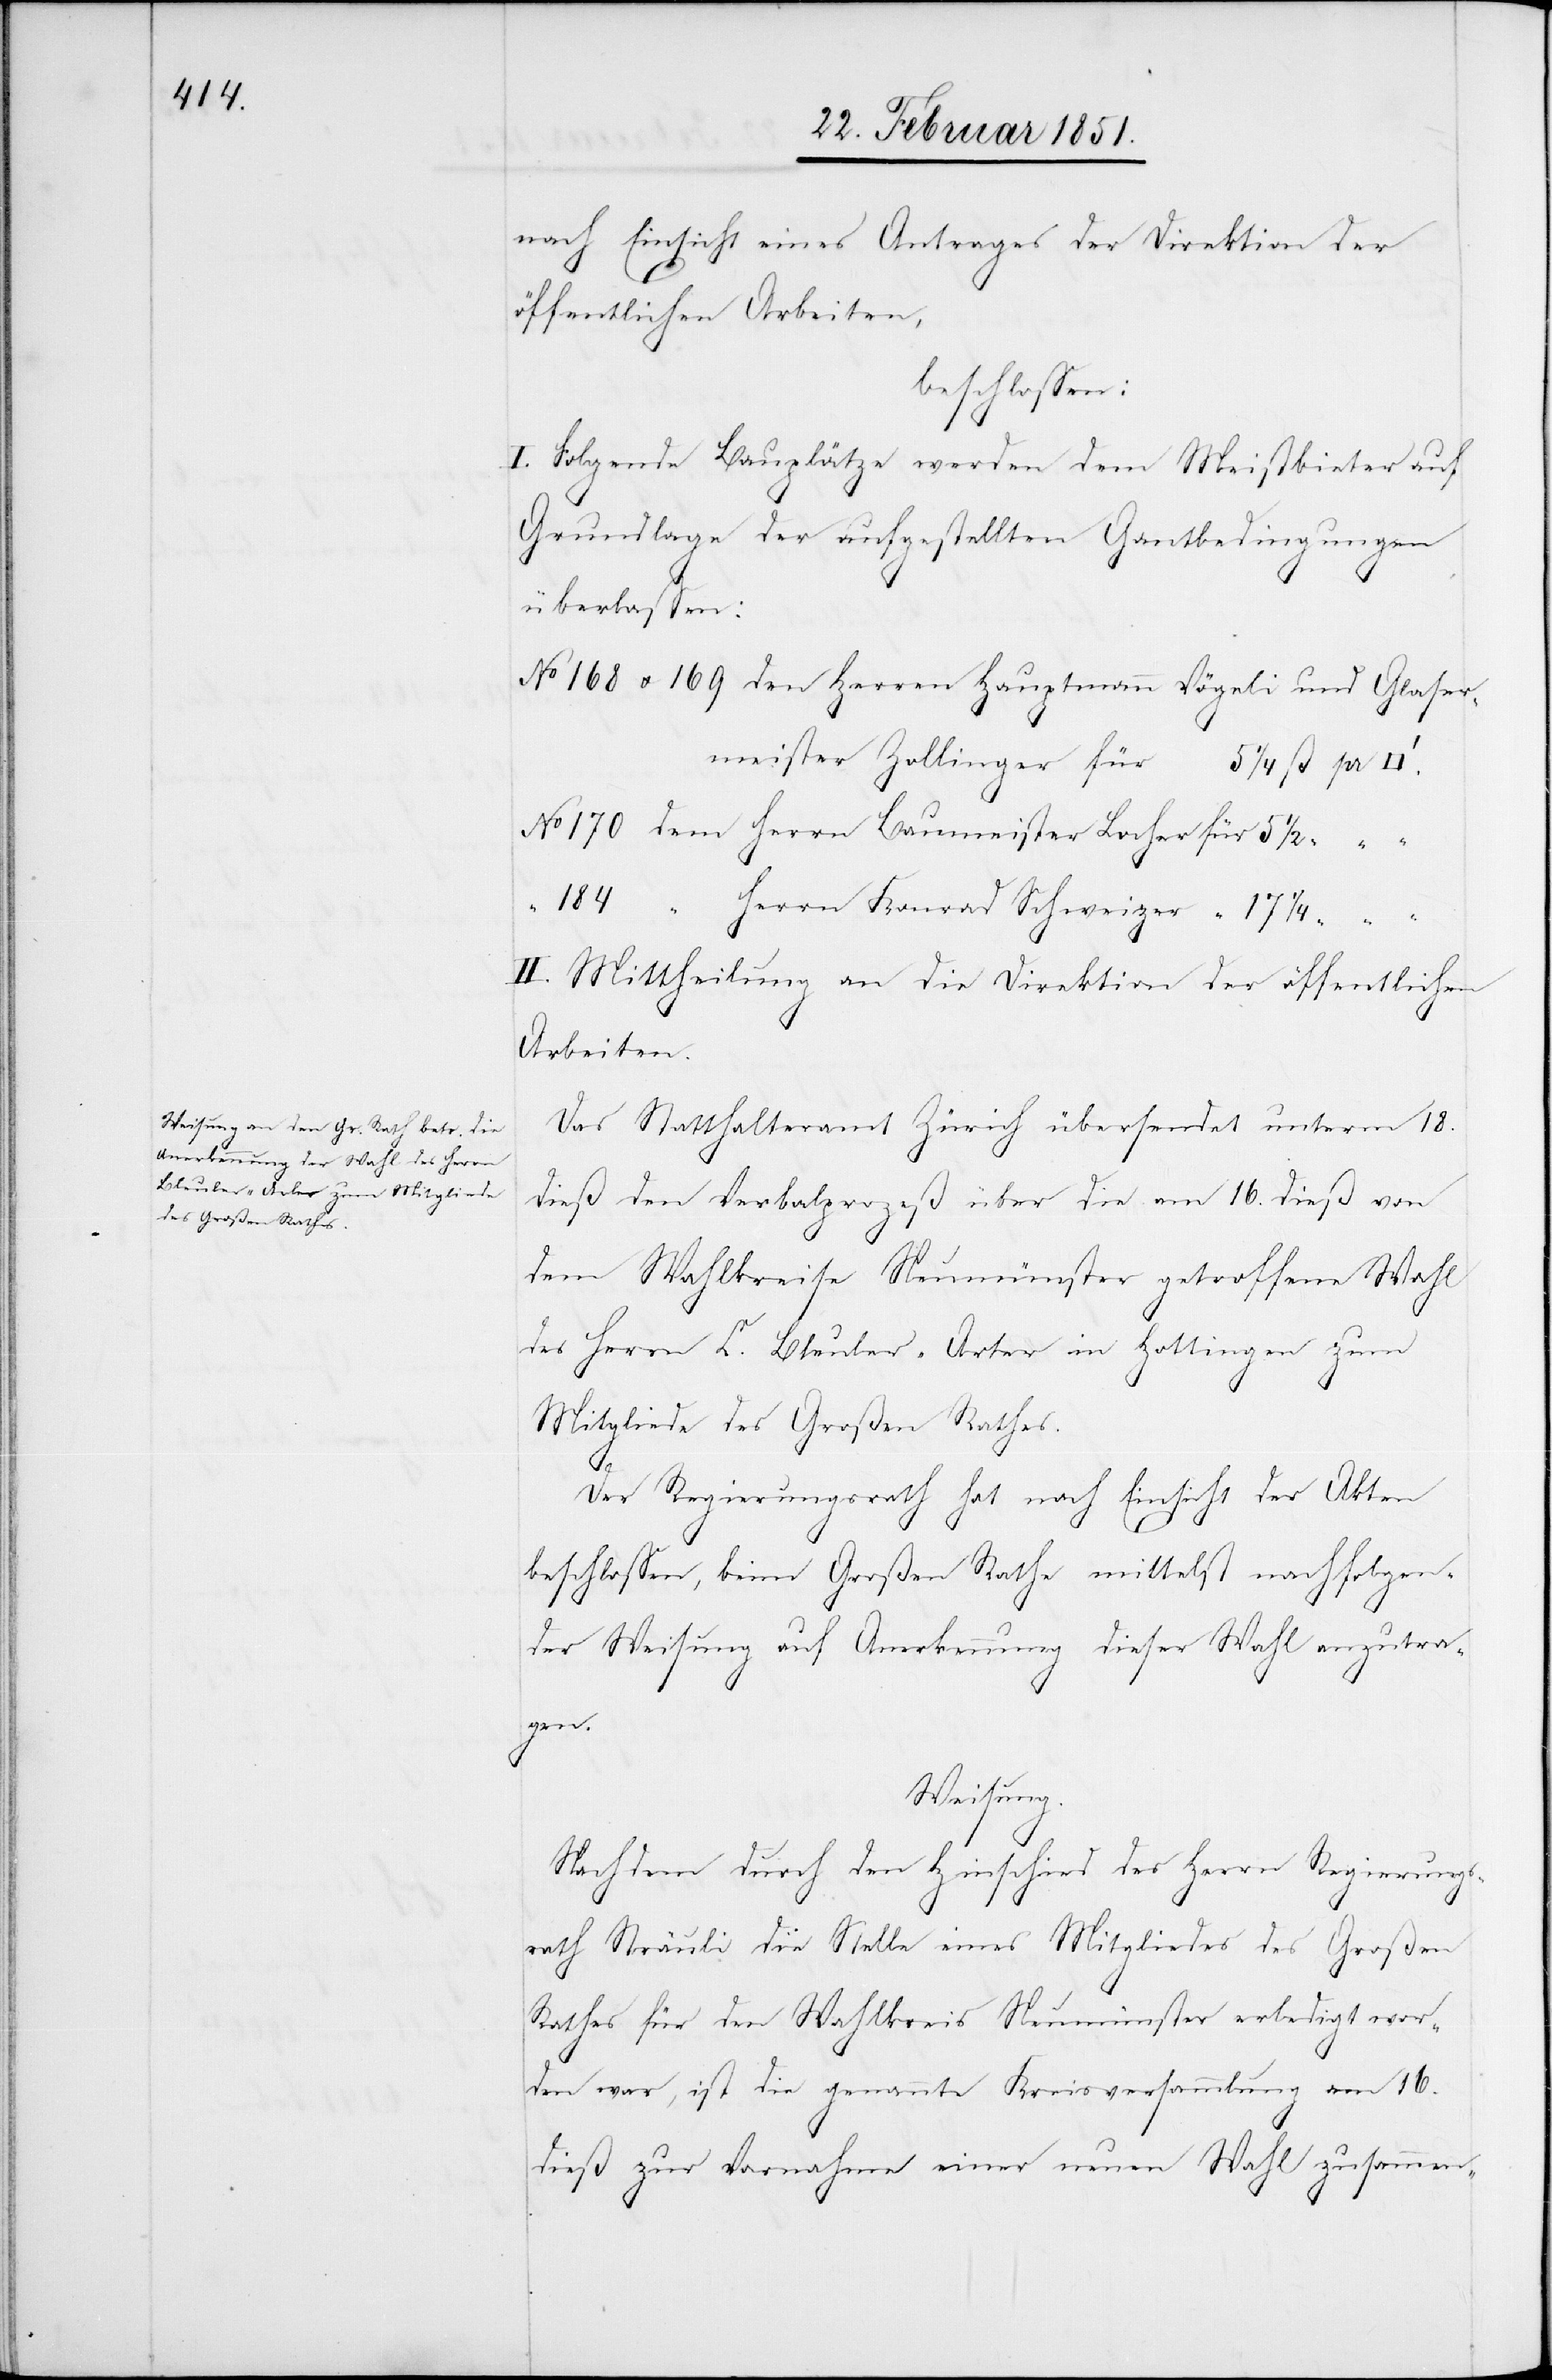
nach Einsicht eines Antrages der Direktion der
öffentlichen Arbeiten,
beschlossen:
I. Folgende Bauplätze werden dem Meistbieter auf
Grundlage der aufgestellten Gantbedingungen
überlassen:
No 168 u. 169 den Herren Hauptmann Vögeli und Glaser¬
dem Herrn Baumeister Locher für
“ Herrn Konrad Schweizer “
II. Mittheilung an die Direktion der öffentlichen
Arbeiten.
Das Statthalteramt Zürich übersendet unterm 18.
dieß den Verbalprozeß über die am 16. dieß von
dem Wahlkreise Neumünster getroffene Wahl
des Herrn C. Bleuler-Arter in Hottingen zum
Mitgliede des Großen Rathes.
Der Regierungsrath hat nach Einsicht der Akten
beschlossen, beim Großen Rathe mittelst nachfolgen¬
der Weisung auf Anerkennung dieser Wahl anzutra¬
gen.
Weisung.
Nachdem durch den Hinschied des Herrn Regierungs¬
rath Sträuli die Stelle eines Mitgliedes des Großen
Rathes für den Wahlkreis Neumünster erledigt wor¬
den war, ist die genannte Kreisversammlung am 16.
dieß zur Vornahme einer neuen Wahl zusammen-